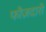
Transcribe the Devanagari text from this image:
फौज़दारी